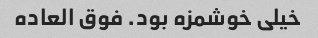
خیلی خوشمزه بود. فوق العاده